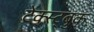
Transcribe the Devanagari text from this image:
टेक्स्ट्बुक